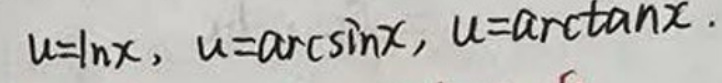
$u = \ln x, u=\arcsin x, u=\arctan x.$